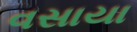
વસાયા